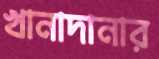
খানাদানার